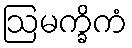
ဩမက္ခိကံ